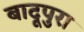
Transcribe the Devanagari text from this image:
बादूपुरा